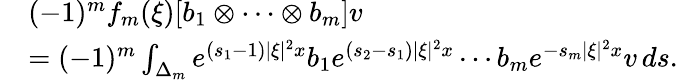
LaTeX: \begin{array}{rl}&{(-1)^{m}f_{m}(\xi)[b_{1}\otimes\cdots\otimes b_{m}]v}\\ &{=(-1)^{m}\int_{\Delta_{m}}e^{(s_{1}-1)|\xi|^{2}x}b_{1}e^{(s_{2}-s_{1})|\xi|^{2}x}\cdots b_{m}e^{-s_{m}|\xi|^{2}x}v\, ds.}\end{array}